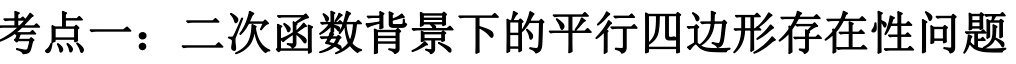
考点一：二次函数背景下的平行四边形存在性问题